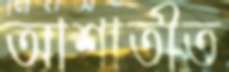
আশাতীত